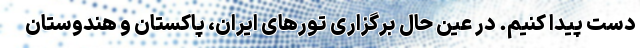
دست پیدا کنیم. در عین حال برگزاری تورهای ایران، پاکستان و هندوستان